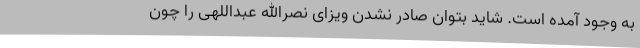
به وجود آمده است. شاید بتوان صادر نشدن ویزای نصرالله عبداللهی را چون